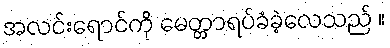
အလင်းရောင်ကို မေတ္တာရပ်ခံခဲ့လေသည် ။